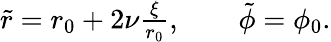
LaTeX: \begin{array}{r}{\tilde{r}=r_{0}+2\nu\frac{\xi}{r_{0}},\qquad\tilde{\phi}=\phi_{0}.}\end{array}